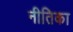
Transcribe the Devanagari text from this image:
नीतिका